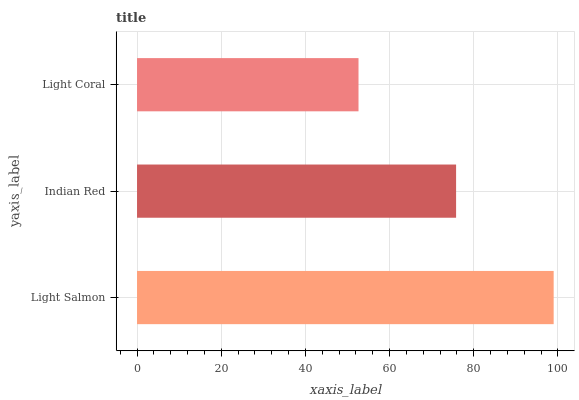
| yaxis_label | bars |
 | --- | --- |
 | Light Salmon | 99 |
 | Indian Red | 75.8 |
 | Light Coral | 52.6 |